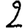
Digit: 2